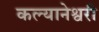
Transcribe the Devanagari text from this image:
कल्यानेश्वरी